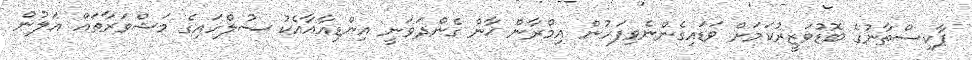
ޕާކިސްތާނުގެ ބޮޑުވަޒީރުކަމަށް ވަޑައިގެންނެވިފަހުން އިމްރާން ޚާން ގެންދަވަނީ އިންޑިއާއާއެކު ސުލްހައިގެ މަޝްވަރާތައް އަލުން